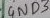
Text: GND3